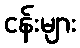
ငန်းများ